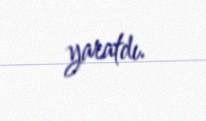
yaratdı.